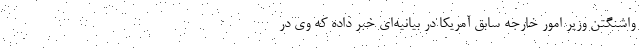
واشنگتن وزیر امور خارجه سابق آمریکا در بیانیه‌ای خبر داده که وی در